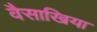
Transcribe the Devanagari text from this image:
वैसाखिया